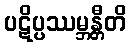
ပဋိပ္ပဿမ္ဘန္တီတိ